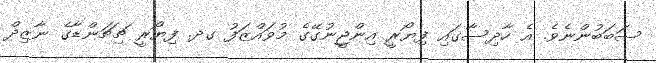
ސަބަބުންނެވެ. އެ ހާދިސާގައި ފިޔޯރީ އިންޖީނުގޭގެ މުވައްޒަފު ގދ. ފިޔޯރީ ޗިޗަންޑާގެ ނާޒިދް